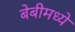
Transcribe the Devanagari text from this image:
बेबीमध्ये